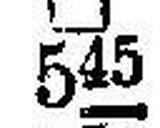
□ 545